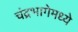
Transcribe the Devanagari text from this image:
चंद्रभागेमध्ये